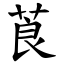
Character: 莨